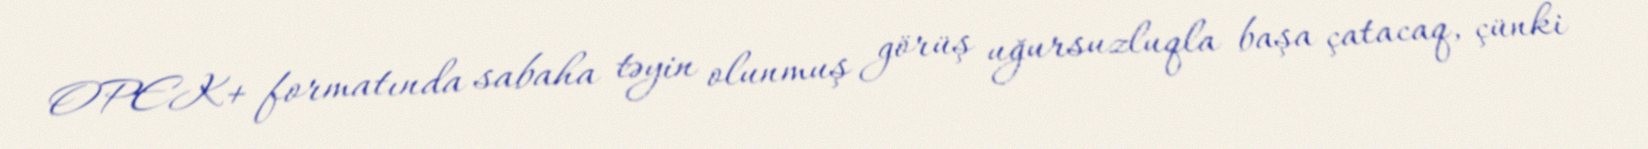
OPEK+ formatında sabaha təyin olunmuş görüş uğursuzluqla başa çatacaq, çünki